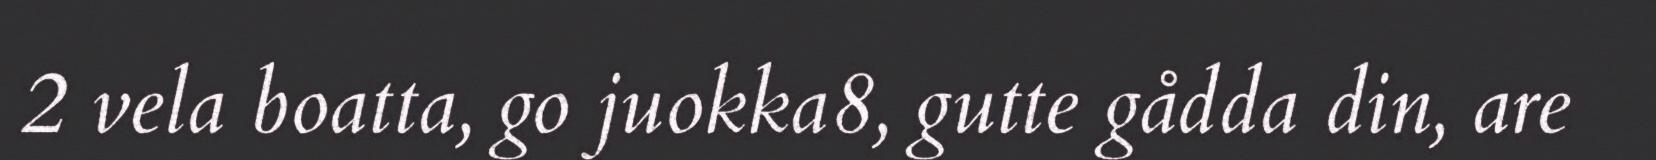
2 vela boatta, go juokka8, gutte gådda din, are